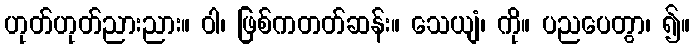
ဟုတ်ဟုတ်ညားညား။ ဝါ၊ ဖြစ်ကတတ်ဆန်း။ သေယျံ၊ ကို။ ပညပေတွာ၊ ၍။